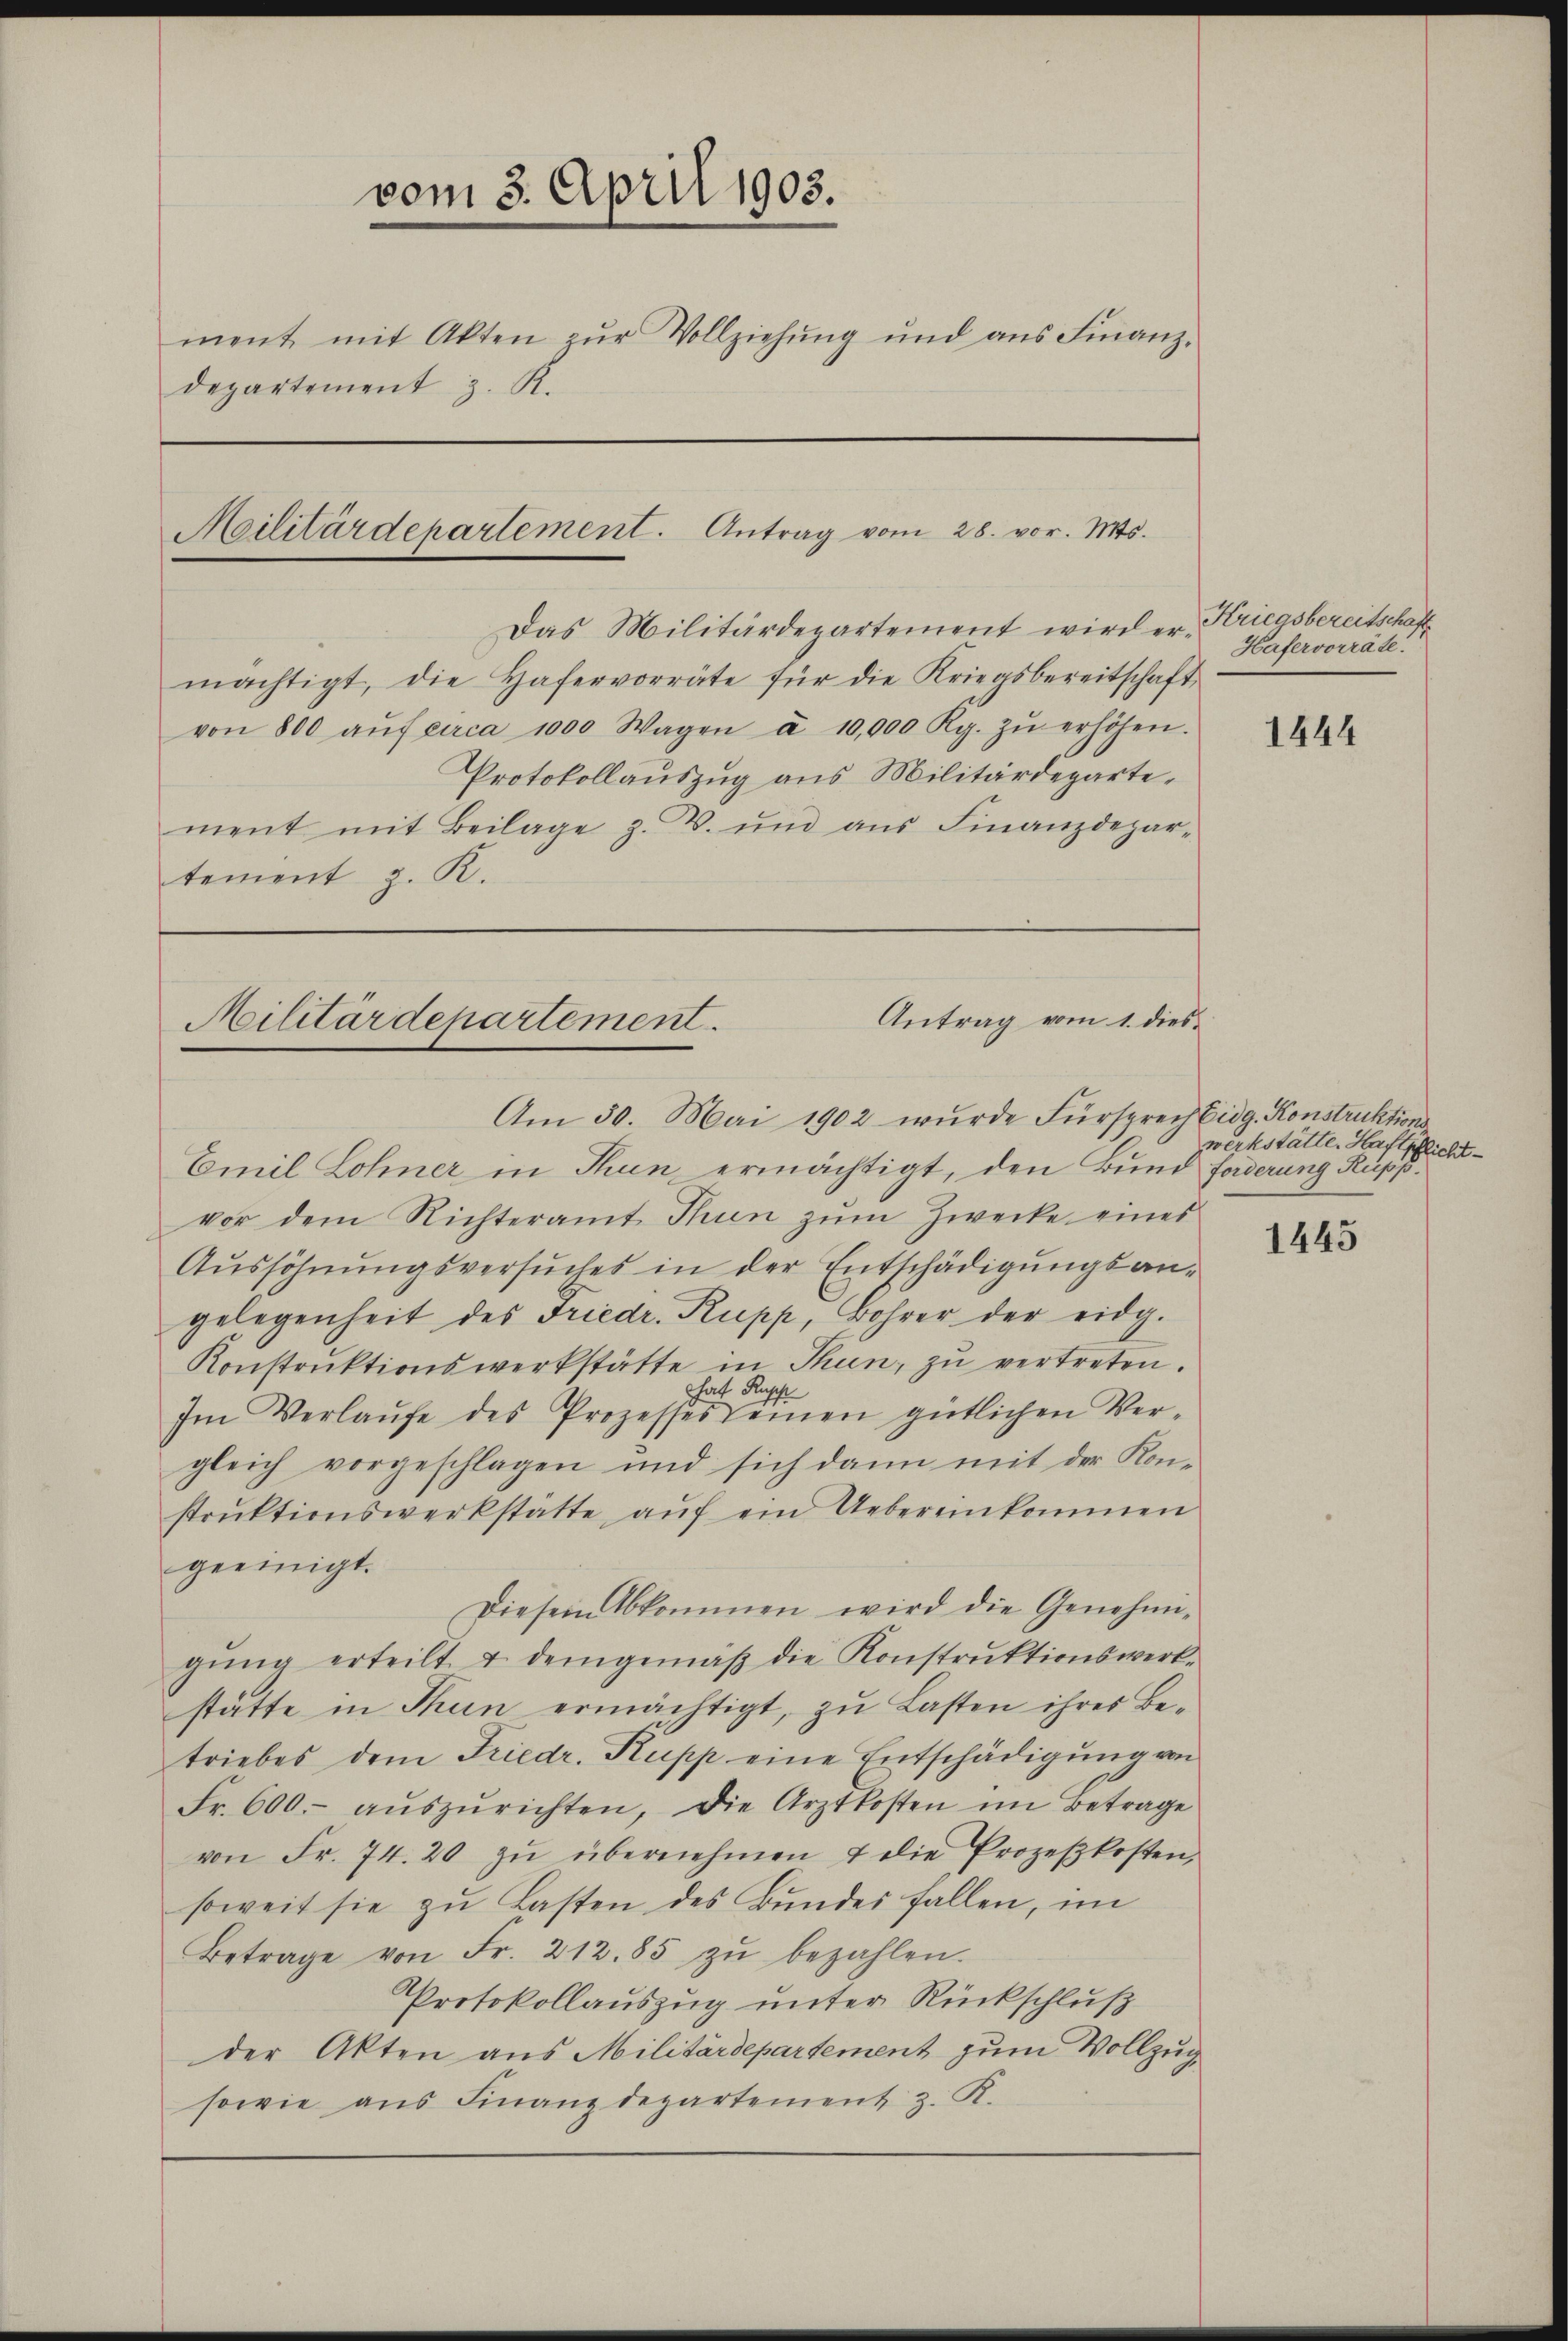
vom 3. April 1903.
ment mit Akten zur Vollziehung und aus Finanz-
departement z. R.
Heilitärdepartement. Antrag vom 28. vor. Mts.
Das Militärdepartement wird er Kriegsbereitschaft
mächtigt, die Hafervorräte für die Kriegsbereitschaft
von 800 aŭf circa 1000 Wagen à 10,000 Rp. zŭ erhöhen.
Protokollaŭszŭg ans Militärdepartement mit Beilage z. B. und aŭs Finanzdepar-
tement z. K.

Antrag vom 1. dies¬
Militärdepartement.
Am 30. Mai 1902 wurde Fürsprech Eidg. Konstruktions¬

Emil Lohner in Thun ermächtigt, den Bund forderung Rupp.
vor dem Richteramt Thun zŭm Zwecke eines
Aŭssöhnŭngsversŭches in der Entschädigŭngsan-
gelegenheit des Friedr. Rupp, Bohrer der eidg.
Konstrŭktionswerkstätte in Thun, zŭ vertreten.
That Rupp
Im Verlaŭfe des Prozesses seinen gütlichen Ver-
gleich vorgeschlagen und sich dann mit der Konstrŭktionswerkstätte, aŭf ein Uebereinkommen
geeinigt.
Diesem Abkommen wird die Genehmi-
gŭng erteilt & demgemäβ die Konstrŭktionswerk-
stätte in Thun ermächtigt, zu Lasten ihres Betriebes dem Friedr. Rupp eine Entschädigung von
Fr. 600.- aŭszŭrichten, die Arztkosten im Betrage
von Fr. 74. 20 zŭ übernehmen & die Prozeβkosten,
soweit sie zŭ Lasten des Bundes fallen, im
Betrage von Fr. 212.85 zŭ bezahlen.
Protokollauszug unter Rückschluß
der Akten aus Militärdepartement zum Vollzug¬
sowie aŭs Finanzdepartement z. K.

Hafervorrate.

1444

werkstätte. Haftpflicht¬

1445